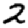
Digit: 2